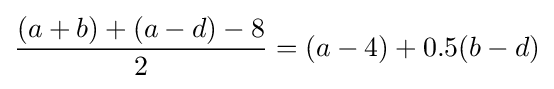
{\frac {(a+b)+(a-d)-8}{2}}=(a-4)+0.5(b-d)